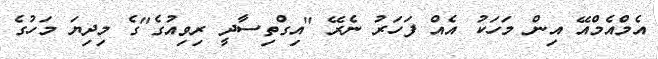
އެމްއެމްއޭ އިން މަހަކު އެއް ފަހަރު ނެރޭ "އިގްތިސާދީ ރިވިއުގެ"ގެ މިދިޔަ މަހުގެ